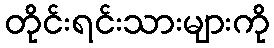
တိုင်းရင်းသားများကို